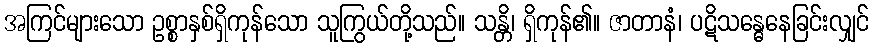
အကြင်များသော ဥစ္စာနှစ်ရှိကုန်သော သူကြွယ်တို့သည်။ သန္တိ၊ ရှိကုန်၏။ ဇာတာနံ၊ ပဋိသန္ဓေနေခြင်းလျှင်